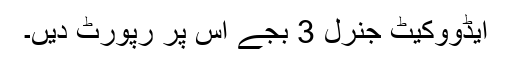
ایڈووکیٹ جنرل 3 بجے اس پر رپورٹ دیں۔